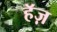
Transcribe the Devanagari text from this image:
हॅज़